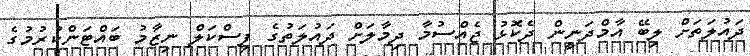
ދައުލަތަށް ލިބޭ އާމްދަނީން ދެކޮޅު ޖެއްސުމާ ދިމާލަށް ދައުލަތުގެ ފިސްކަލް ނިޒާމު ބައްޓަންކުރުމުގެ